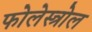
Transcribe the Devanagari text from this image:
फोलेस्त्रोल